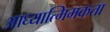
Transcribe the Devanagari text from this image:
आध्यात्मिमकता